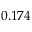
0 . 1 7 4